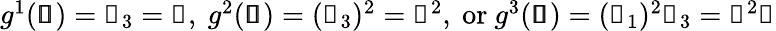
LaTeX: \begin{array}{r}{g^{1}(\pmb{\mathscr{s}})=\mathscr{s}_{3}=\mathscr{z},\mathrm{~}g^{2}(\pmb{\mathscr{s}})=(\mathscr{s}_{3})^{2}=\mathscr{z}^{2},\mathrm{~or~}g^{3}(\pmb{\mathscr{s}})=(\mathscr{s}_{1})^{2}\mathscr{s}_{3}=\mathscr{x}^{2}\mathscr{z}}\end{array}